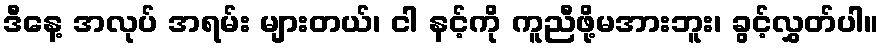
ဒီနေ့ အလုပ် အရမ်း များတယ်၊ ငါ နင့်ကို ကူညီဖို့မအားဘူး၊ ခွင့်လွှတ်ပါ။